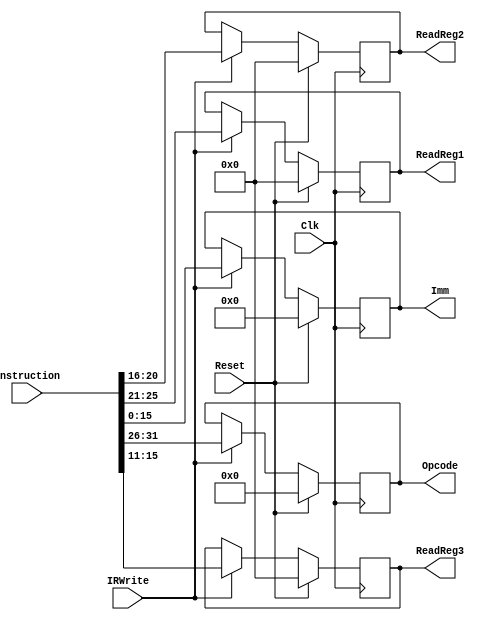
`timescale 1ns / 1ps
//////////////////////////////////////////////////////////////////////////////////
// Company: 
// Engineer: 
// 
// Design Name: 
// Module Name:    Instruction_Register 
// Project Name: 
// Target Devices: 
// Tool versions: 
// Description: 
//
// Dependencies: 
//
// Revision: 
// Revision 0.01 - File Created
// Additional Comments: 
//
//////////////////////////////////////////////////////////////////////////////////
module IREG(Opcode,ReadReg1,ReadReg2,ReadReg3,Imm,Instruction,IRWrite,Reset,Clk);

//-------------Input Ports-----------------------------
input [31:0] Instruction;
input IRWrite;
input Reset,Clk;

//-------------Output Ports-----------------------------
output reg [5:0] Opcode;
output reg [4:0] ReadReg1, ReadReg2, ReadReg3;
output reg [15:0] Imm;

always@(posedge Clk)
	begin
	if(Reset)
		begin
		Opcode[5:0] <= 6'd0;
		ReadReg1[4:0] <= 5'd0;
		ReadReg2[4:0] <= 5'd0;
		ReadReg3[4:0] <= 5'd0;
		Imm[15:0] <= 16'd0;
		end
	else if (IRWrite)
		begin
		Opcode[5:0] <= Instruction[31:26];
		ReadReg1[4:0] <= Instruction[25:21];
		ReadReg2[4:0] <= Instruction[20:16];
		ReadReg3[4:0] <= Instruction[15:11];
		Imm[15:0] <= Instruction[15:0];
		end
	end
endmodule